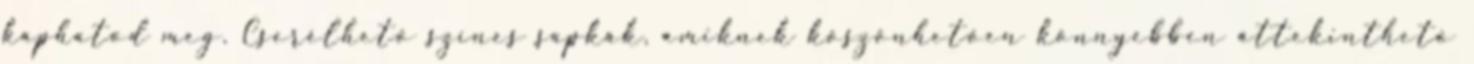
kaphatod meg. Cserélhető színes sapkák, amiknek köszönhetően könnyebben áttekinthető